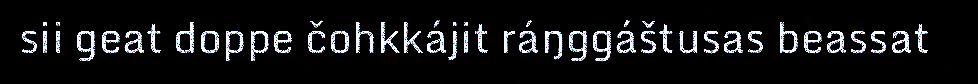
sii geat doppe čohkkájit ráŋggáštusas beassat